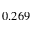
0 . 2 6 9